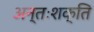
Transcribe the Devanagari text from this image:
अन्तःशक्ति